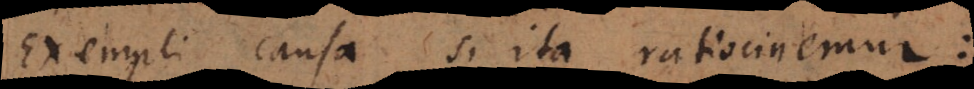
Exempli causa si ita ratiocinemur: